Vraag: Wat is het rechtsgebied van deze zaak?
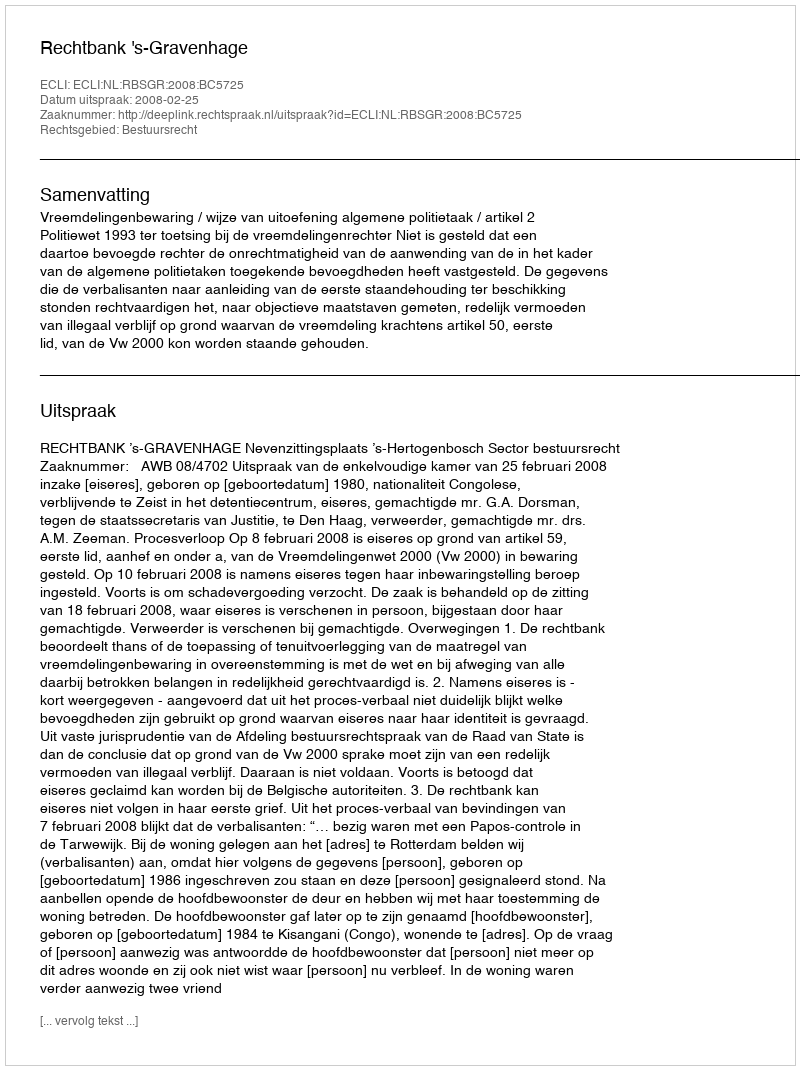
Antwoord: Bestuursrecht